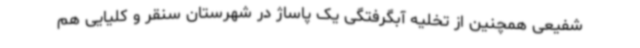
شفیعی همچنین از تخلیه آبگرفتگی یک پاساژ در شهرستان سنقر و کلیایی هم